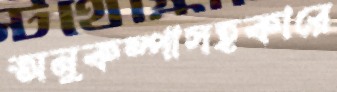
অনুকম্পাসহকারে